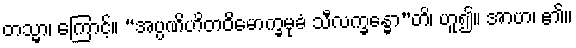
တသ္မာ၊ ကြောင့်။ “အပ္ပဏိဟိတဝိမောက္ခမုခံ သီလက္ခန္ဓော”တိ၊ ဟူ၍။ အာဟ၊ ၏။